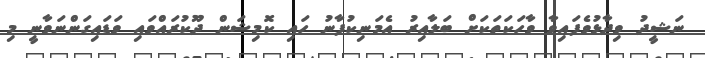
ނަޝީދު ވިދާޅުވެފައިވާ ވާހަކަތަކަށް ބަލާއިރު އެމަނިކުފާނު ހައި ކޮމިޝަން ދޫކުރައްވައި ވަޑައިގަންނަވާނީ މި